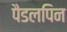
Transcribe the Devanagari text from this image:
पैडलपिन